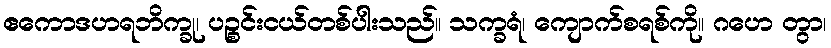
ဧကောဒဟရဘိက္ခု၊ ပဉ္စင်းငယ်တစ်ပါးသည်။ သက္ခရံ၊ ကျောက်စရစ်ကို။ ဂဟေ တွာ၊